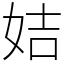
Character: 姞